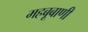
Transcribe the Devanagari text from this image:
महबूबाणी